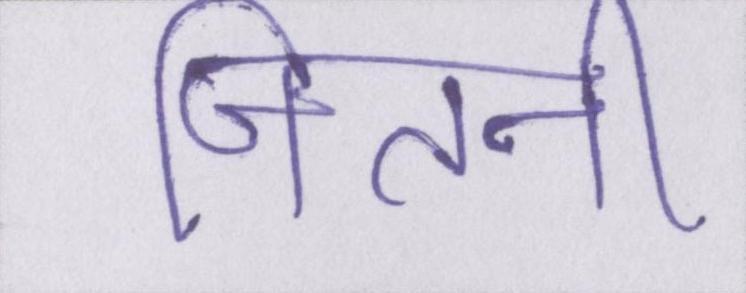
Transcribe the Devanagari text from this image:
जितनी